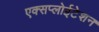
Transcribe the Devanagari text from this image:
एक्सप्लोईटेशन